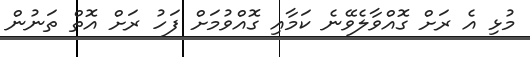
މުޅި އެ ރަށް ގޮއްވާލެވޭނެ ކަމާއި ގޮއްވުމަށް ފަހު ރަށް އޮތް ތަނުން